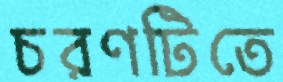
চরণটিতে